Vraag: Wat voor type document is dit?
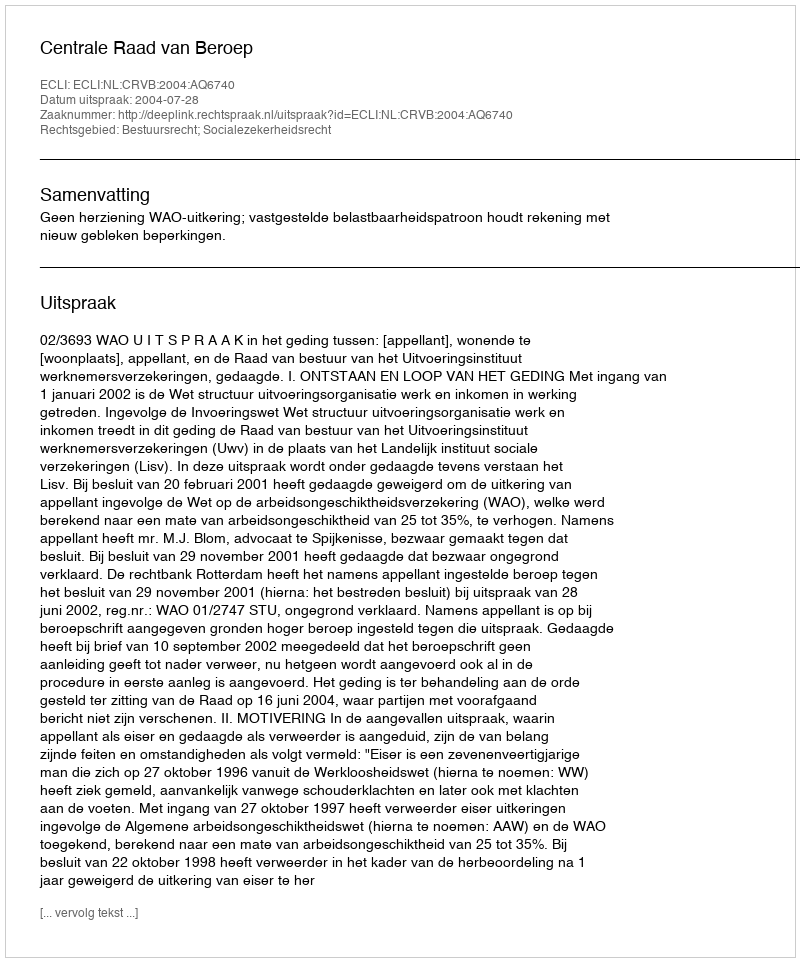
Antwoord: Uitspraak